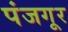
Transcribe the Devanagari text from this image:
पंजगूर